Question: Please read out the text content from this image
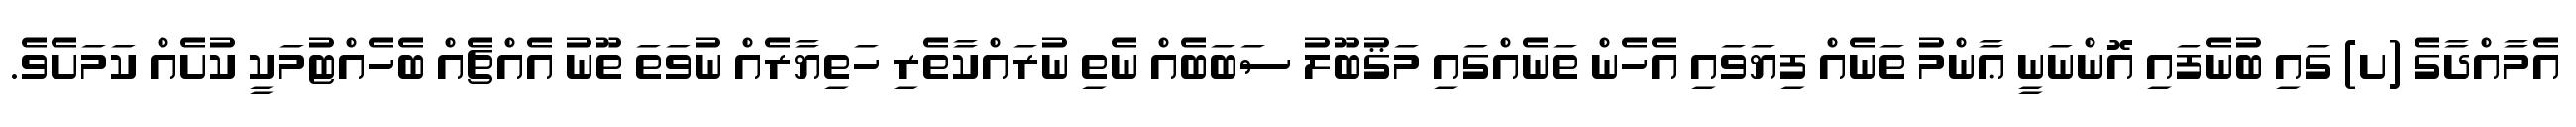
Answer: އެމާއްދާގެ (ށ) ގައި ބުނެފައި އޮންނަނީ ޢާންމު ތަނެއް ފިޔަވައި އެހެން ތަނެއްގައި މަޤުބޫލު ސަބަބެއް ނެތި ނުރައްކާތެރި ހަތިޔާރެއް ނުވަތަ ތޫނު އެއްޗެއް ބެހެއްޓުމަކީ ކުށެއް ކަމަށެވެ.